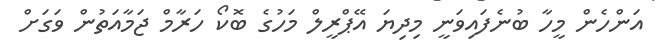
އަންހެން މީހާ ބުނެފައިވަނީ މިދިޔަ އޭޕްރީލް މަހުގެ ބޮކޯ ހަރާމް ޖަމާއަތުން ވަގަށް